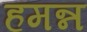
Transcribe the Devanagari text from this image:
हमन्न